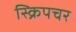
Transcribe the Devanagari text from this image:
स्क्रिपचर